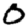
Digit: 0